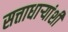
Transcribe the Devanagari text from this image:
सत्ताधाऱ्यांशी